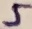
Text: 5